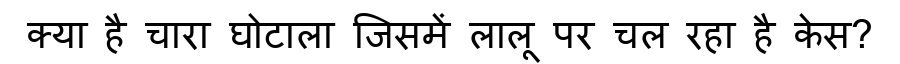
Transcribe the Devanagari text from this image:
क्या है चारा घोटाला जिसमें लालू पर चल रहा है केस?